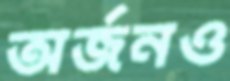
অর্জনও